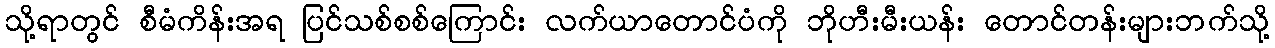
သို့ရာတွင် စီမံကိန်းအရ ပြင်သစ်စစ်ကြောင်း လက်ယာတောင်ပံကို ဘိုဟီးမီးယန်း တောင်တန်းများဘက်သို့